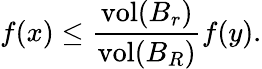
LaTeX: f(x)\leq{\frac{\operatorname{vol}(B_{r})}{\operatorname{vol}(B_{R})}}f(y).